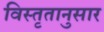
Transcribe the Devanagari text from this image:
विस्तृतानुसार